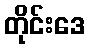
တိုင်းဒေ